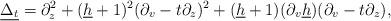
LaTeX: \begin{align*}\underline{\Delta_t}=\partial_z^2+(\underline{h}+1)^2(\partial_v-t\partial_z)^2+(\underline{h}+1)(\partial_v\underline{h})(\partial_v-t\partial_z),\end{align*}